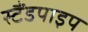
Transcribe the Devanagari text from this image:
स्टैंडपाइप